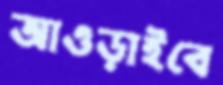
আওড়াইবে